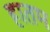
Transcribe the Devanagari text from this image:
हातम